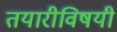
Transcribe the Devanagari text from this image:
तयारीविषयी